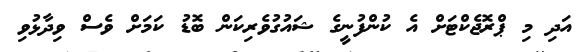
އަދި މި ޕްރޮޖެކްޓަށް އެ ކުންފުނީގެ ޝައުގުވެރިކަން ބޮޑު ކަމަށް ވެސް ވިދާޅުވި